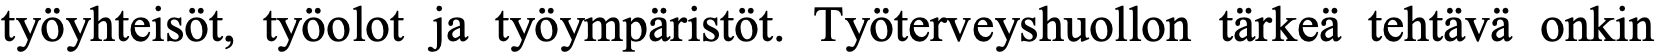
työyhteisöt, työolot ja työympäristöt. Työterveyshuollon tärkeä tehtävä onkin